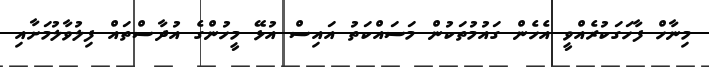
މިނާހް ފާހަގަކުރެއްވީ އެހެން ގައުމުތަކުން މަސައްކަތު އައިސް އުޅޭ މީހުންގެ އުދާސްތައް ފިލުވާލުމަށާއި